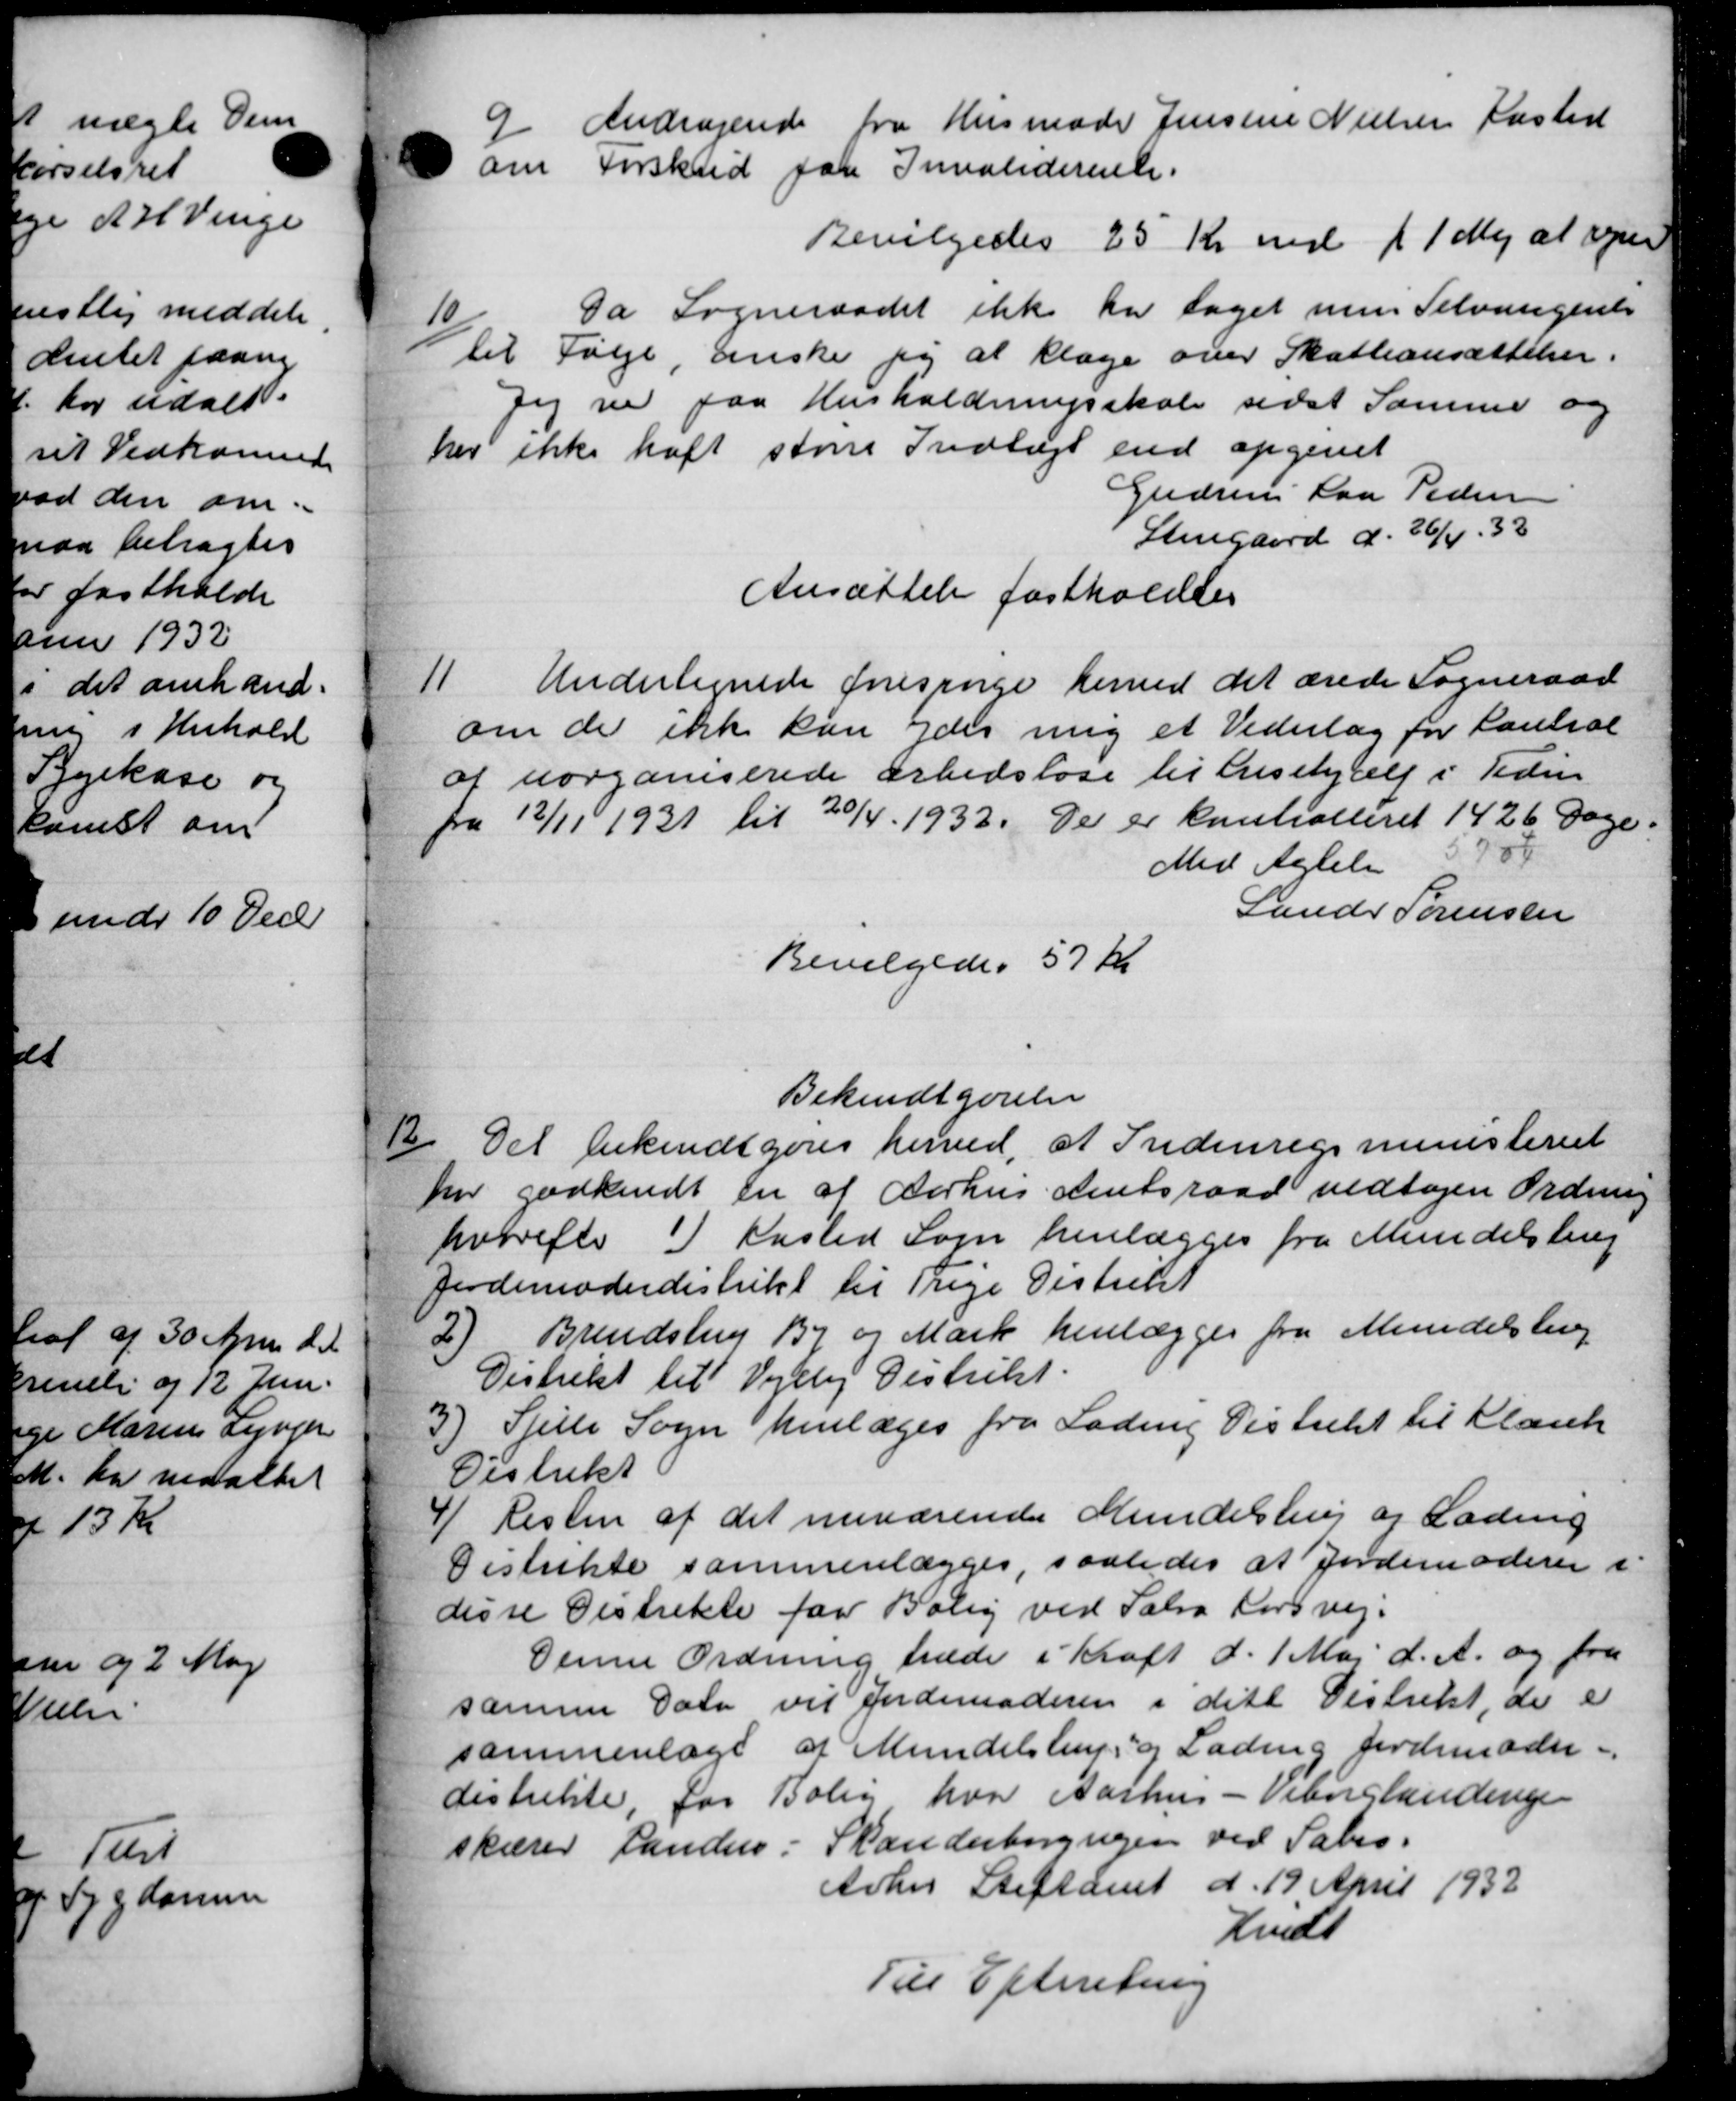
Transskription:
9
Andragende fra Husmoder Jensine Nielsen Kasted
om Forskud paa Invaliderente.
Bevilgedes 25 Kr med 11 Maj at ser
10/
Da Sogneraadet ikke har taget men Selvangente
til Følge, anske jeg at klage over Skatteansættelser.
Jeg ved paa Husholdningsskole sidst Samme og
her ikke haft store Indtægt end opgivet
Gredsens Laa Pedersen
Stengaard d. 26/4 - 32
Ansættelse fastholdtes
11
Undertegnede forespørge herved det ærede Sogneraad
om de ikke kan ydes mig et Vederlag for Kontral
af uorganiserede Arbedsløse til Lisehjælp i Tiden
fra 12/11 1931 til 20/4 1932. De er kontrolleret 1426 Dage.
Med Agtelsen 5704
Lander Sørensen
Bevilgedes 57 Kr.
Bekendtgørelse
12
Det bekendtgøres herved, at Indenrigsministeriet
har godkendt en af Aarhus Amtsraad vedtagen Ordning
hvorefter 1) Kasted Sogn henlægges fra Mundelstrup
Jordemoderdistrikt til Trige Distrikt
2 Brendstrup By og Mark henlægges fra Mundelsling
Distrikt til Vejlby Distrikt.
3) Spile Sogn henlæges fra Lading Distrikt til Klank
Distrikt
4) Resten af det nuværende Mundelstrup og Lading
Distrikte sammenlægges, saaledes at Jordemoderen i
disse Distrikte faa Bolig ved Salra Forsvej.
Denne Ordning træde i Kraft d. 1 Maj d. A. og fra
samme Dala vil Jordemoderen i det Distrikt, de e
sammenlæge af Mundelstrup, og Lading Jordemoder.
distrikte, for Bolig hvor Aarhus - Viborglandinge
skærer Randers i Skanderborgvejen ved Sabes.
Århus Stiftamt d. 19. April 1932
Undt
Til Efterretning